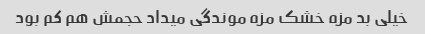
خیلی بد مزه خشک مزه موندگی میداد حجمش هم کم بود